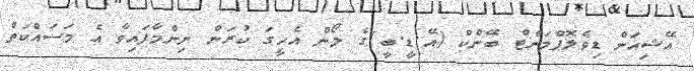
އޭޝިއަން ޑިވެލޮޕްމަންޓް ބޭންކް (އޭ.ޑީ.ބީ)ގެ ލޯން އެހީގަ ކުރަން ނިންމާފައިވާ އެ މަސައްކަތް